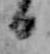
日